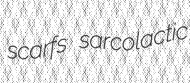
scarfs sarcolactic